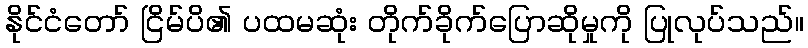
နိုင်ငံတော် ငြိမ်ပိ၏ ပထမဆုံး တိုက်ခိုက်ပြောဆိုမှုကို ပြုလုပ်သည်။